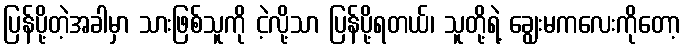
ပြန်ပို့တဲ့အခါမှာ သားဖြစ်သူကို ငဲ့လို့သာ ပြန်ပို့ရတယ်၊ သူတို့ရဲ့ ချွေးမကလေးကိုတော့